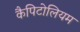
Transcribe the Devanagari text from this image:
कैपिटोलियम